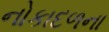
નોકાદળના